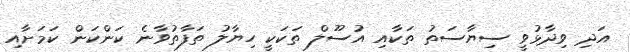
އަދި ވިދާޅުވީ ސިޔާސަތު ތަކާއި އުސޫލް ތަކަކީ ހިޔާލު ތަފާތުވާނެ ކަންކަން ކަމަށާއި